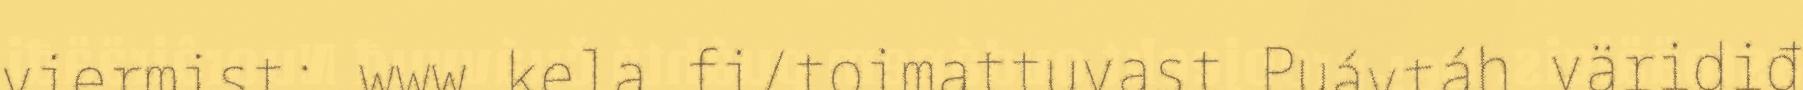
viermist: www.kela.fi/toimattuvast Puávtáh väridiđ